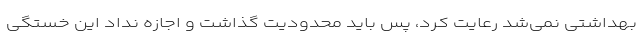
بهداشتی نمی‌شد رعایت کرد، پس باید محدودیت گذاشت و اجازه نداد این خستگی